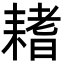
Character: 𦔌